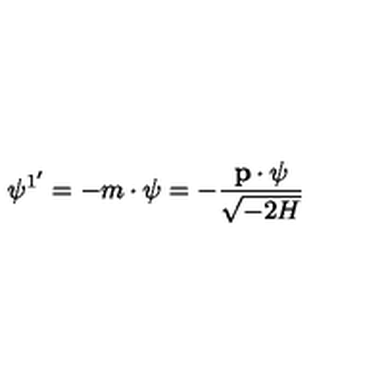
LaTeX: \psi ^ { 1 ^ { \prime } } = - m \cdot \psi = - \frac { { \bf p \cdot \psi } } { \sqrt { - 2 H } }